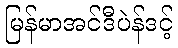
မြန်မာအင်ဒီပဲန်ဒင့်